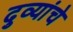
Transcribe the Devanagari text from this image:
दुव्यांचे